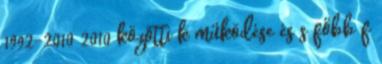
1992-2010 2010 közötti k működése és s főbb f